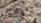
تتبعين